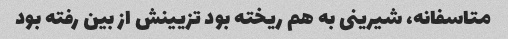
متاسفانه، شیرینی به هم ریخته بود تزیینش از بین رفته بود